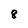
Character: 8